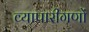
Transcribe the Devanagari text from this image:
व्यापारीगणों